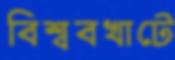
বিশ্ববখাটে